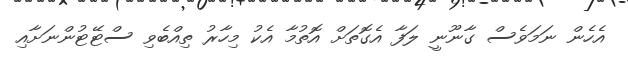
އެހެން ނަމަވެސް ގާނޫނީ ލަފާ އެގޮތަށް އޮތުމާ އެކު މިހާރު ތިއްބެވި ސްޓޭޓުންނަށާއި